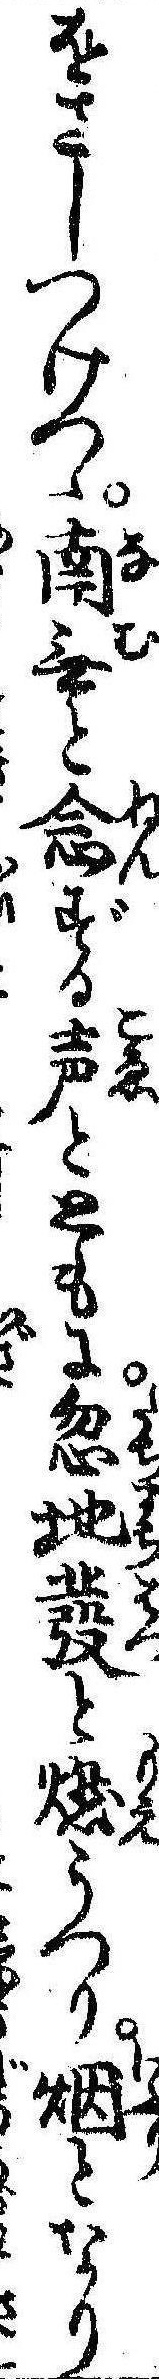
をさしつけつゝ南無と念ずる声とともに忽地発と燃うつり煙となり